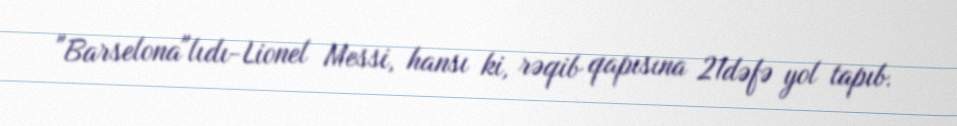
"Barselona"lıdı-Lionel Messi, hansı ki, rəqib qapısına 21dəfə yol tapıb.